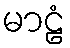
မာဠံ